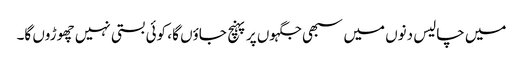
میں چالیس دنوں میں سبھی جگہوں پر پہنچ جاؤں گا ، کوئی بستی نہیں چھوڑوں گا۔